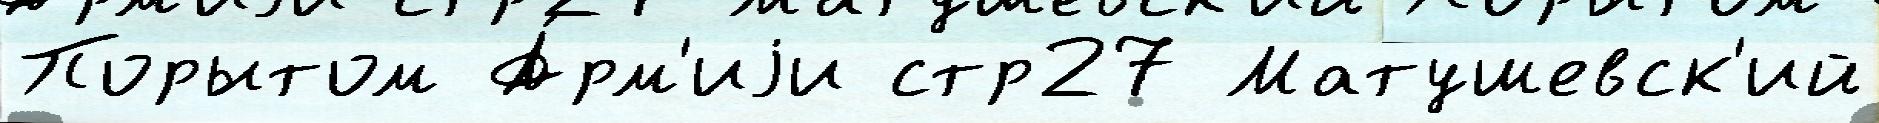
Порытом А́рм'иjи стр27 Матушевск'ий